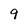
Character: 9